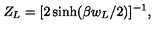
Z _ { L } = [ 2 \sinh ( \beta w _ { L } / 2 ) ] ^ { - 1 } ,